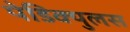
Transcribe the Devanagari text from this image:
पेडिक्युलस